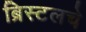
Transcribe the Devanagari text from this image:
ब्रिस्टलचे